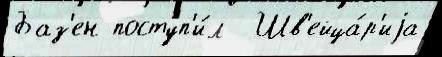
Баз'ен поступ'и́л  Шв'ейца́р'иjа